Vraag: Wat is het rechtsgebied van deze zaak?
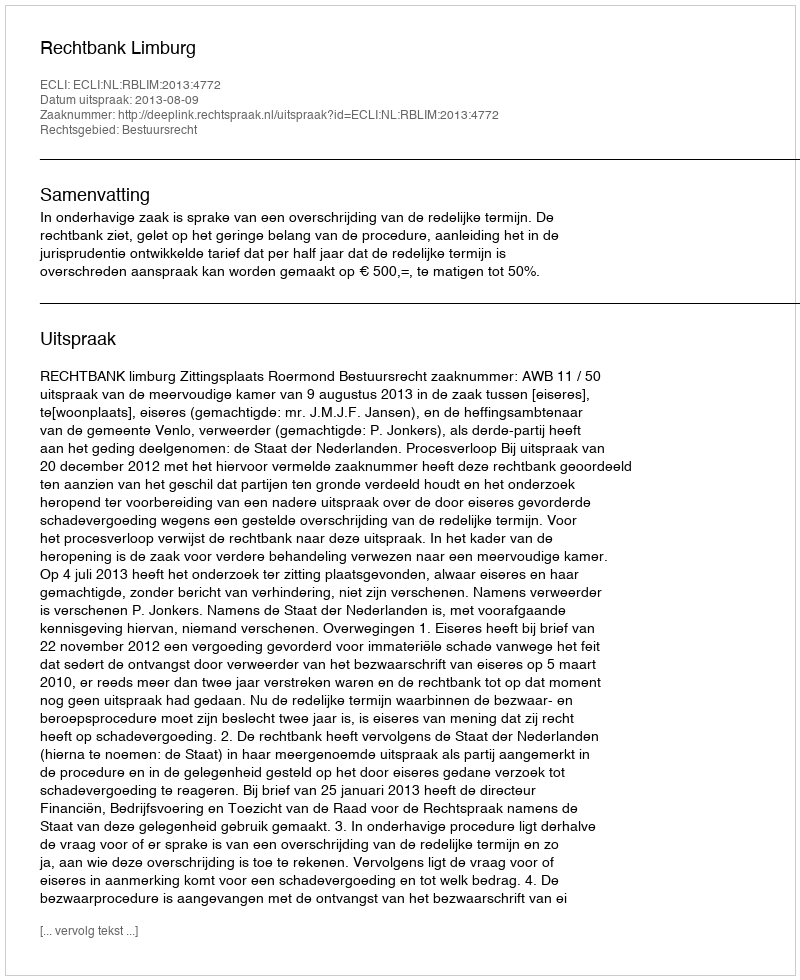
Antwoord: Bestuursrecht